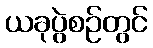
ယခုပွဲစဉ်တွင်